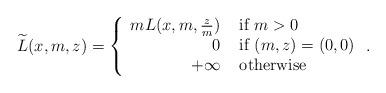
LaTeX: \begin{align*}\widetilde L (x,m, z)= \left\{ \begin{array}[c]{rl}m L(x, m, \frac z m ) &\hbox{ if } m>0\\0 &\hbox{ if } (m,z)=(0,0)\\+\infty &\hbox{ otherwise } \end{array} \right. .\end{align*}